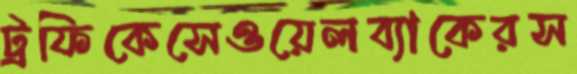
ট্রফিকেসেওয়েলব্যাকেরস